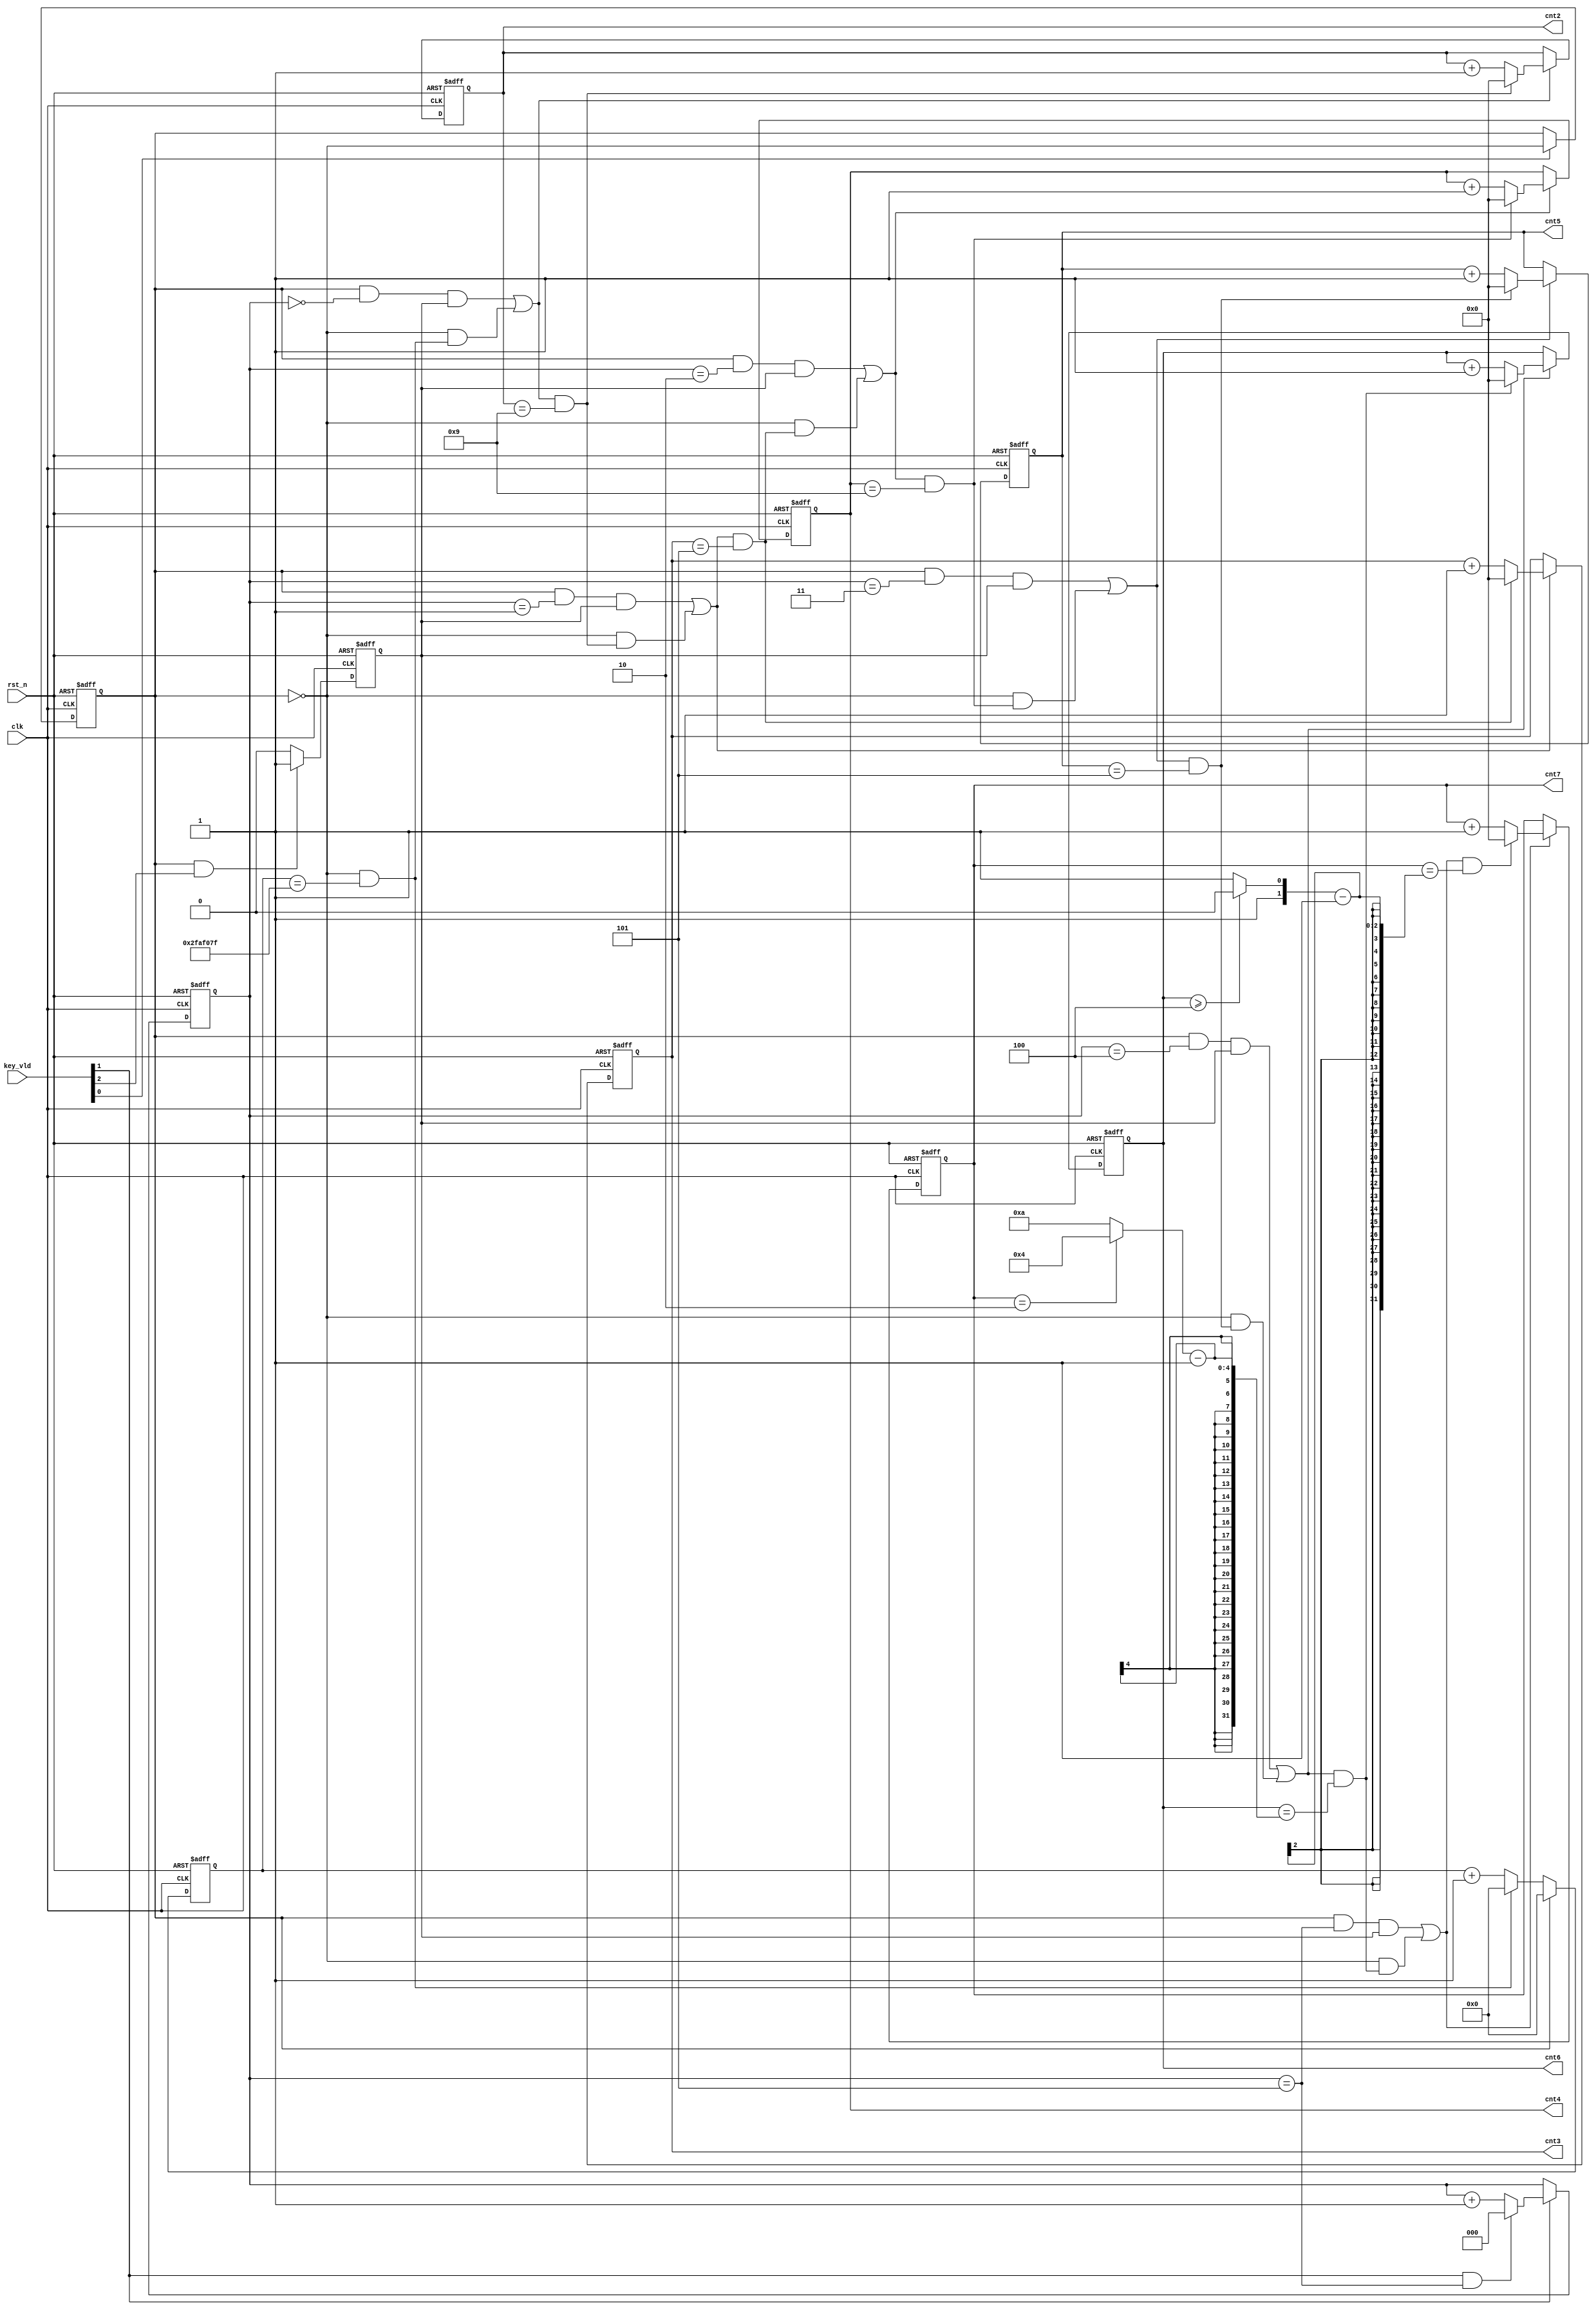
module time_data(  
	input   wire                clk          ,  
	input   wire                rst_n        ,  
	input   wire [ 2:0]         key_vld      ,  
	output  reg	 [ 3:0]         cnt2         ,  
	output  reg	 [ 3:0]         cnt3         ,  
	output  reg	 [ 3:0]         cnt4         ,  
	output  reg	 [ 3:0]         cnt5         ,  
	output  reg	 [ 3:0]         cnt6         ,  
	output  reg	 [ 3:0]         cnt7       
	);  
              
	reg                     key1_func   ;  
	reg                     key3_func   ;  
	reg     [ 2:0]          cnt0        ;  
	reg     [ 28:0]         cnt1       ;  
	reg     [ 3:0]          x           ;  
	reg     [ 1:0]          y           ;  
 
	//调试数码管 调试模式 按键1有关
	always  @(posedge clk or negedge rst_n)begin  
	    if(rst_n==1'b0)begin  
	        key1_func<=1'b0;  
	    end  
	    else if(key_vld[0]==1'b1)begin   //调试状态标志
	        key1_func<=~key1_func;  
	    end  
	    else begin  
	        key1_func<=key1_func;  
	    end  
	end  
	  
	  
	  //调试数码管 数码管位计数按键2有关
	always @(posedge clk or negedge rst_n) begin   
	    if (rst_n==0) begin  
	        cnt0 <= 0;   
	    end  
	    else if(add_cnt0) begin  
	        if(end_cnt0)  
	            cnt0 <= 0;   
	        else  
	            cnt0 <= cnt0+1 ;  
	   end  
	end  
	assign add_cnt0 = key_vld[1];  		
	assign end_cnt0 = add_cnt0  && cnt0 == 6-1 ;  
	  
	  //调试数码管 数码管值加一信号按键3有关
	always  @(posedge clk or negedge rst_n)begin  
	    if(rst_n==1'b0)begin  
	        key3_func<=1'b0;  
	    end  
	    else if(key1_func==1'b1 && key_vld[2]==1'b1)begin       
	        key3_func<=1'b1;  
	    end  
	    else begin  
	        key3_func<=1'b0;  
	    end  
	end  
	  
	//计秒计数器
	always @(posedge clk or negedge rst_n) begin   
	    if (rst_n==0) begin  
	        cnt1 <= 0;   
	    end  
	    else if(add_cnt1) begin  
	        if(end_cnt1)  
	            cnt1 <= 0;   
	        else  
	            cnt1 <= cnt1+1 ;  
	   end  
	   else begin  
	       cnt1 <= 0;  
	   end  
	end  
	assign add_cnt1 = key1_func==0;  
	assign end_cnt1 = add_cnt1  && cnt1 == 5000_0000-1 ;   //非调试状态计数正常计数
	  
	  
	  
	//时钟计数器
	always @(posedge clk or negedge rst_n) begin   
	    if (rst_n==0) begin  
	        cnt2 <= 0;   
	    end  
	    else if(add_cnt2) begin  
	        if(end_cnt2)  
	            cnt2 <= 0;   
	        else  
	            cnt2 <= cnt2+1 ;  
	   end  
	end  
	assign add_cnt2 = (key1_func && cnt0==0 && key3_func) || (key1_func==0 && end_cnt1);  
	assign end_cnt2 = add_cnt2  && cnt2 == 10-1 ;  
	  
	  
	  
	//时钟计数器
	always @(posedge clk or negedge rst_n) begin   
	    if (rst_n==0) begin  
	        cnt3 <= 0;   
	    end  
	    else if(add_cnt3) begin  
	        if(end_cnt3)  
	            cnt3 <= 0;   
	        else  
	            cnt3 <= cnt3+1 ;  
	   end  
	end  
	assign add_cnt3 = (key1_func && cnt0==1 && key3_func) || (key1_func==0 && end_cnt2);  
	assign end_cnt3 = add_cnt3  && cnt3 == 6-1 ;  
	  
	  
	//时钟计数器
	always @(posedge clk or negedge rst_n) begin   
	    if (rst_n==0) begin  
	        cnt4 <= 0;   
	    end  
	    else if(add_cnt4) begin  
	        if(end_cnt4)  
	            cnt4 <= 0;   
	        else  
	            cnt4 <= cnt4+1 ;  
	   end  
	end  
	assign add_cnt4 = (key1_func && cnt0==2 && key3_func) || (key1_func==0 && end_cnt3);  
	assign end_cnt4 = add_cnt4  && cnt4 == 10-1 ;  
	  
	//时钟计数器
	always @(posedge clk or negedge rst_n) begin   
	    if (rst_n==0) begin  
	        cnt5 <= 0;   
	    end  
	    else if(add_cnt5) begin  
	        if(end_cnt5)  
	            cnt5 <= 0;   
	        else  
	            cnt5 <= cnt5+1 ;  
	   end  
	end  
	assign add_cnt5 = (key1_func && cnt0==3 && key3_func) || (key1_func==0 && end_cnt4);  
	assign end_cnt5 = add_cnt5  && cnt5 == 6-1 ;  
	  
	//时钟计数器
	always @(posedge clk or negedge rst_n) begin   
	    if (rst_n==0) begin  
	        cnt6 <= 0;   
	    end  
	    else if(add_cnt6) begin  
	        if(end_cnt6)  
	            cnt6 <= 0;   
	        else  
	            cnt6 <= cnt6+1 ;  
	   end  
	end  
	assign add_cnt6 = (key1_func && cnt0==4 && key3_func) || (key1_func==0 && end_cnt5);  
	assign end_cnt6 = add_cnt6  && cnt6 == x-1 ;  
	  
	  
	//时钟计数器
	always @(posedge clk or negedge rst_n) begin   
	    if (rst_n==0) begin  
	        cnt7 <= 0;   
	    end  
	    else if(add_cnt7) begin  
	        if(end_cnt7)  
	            cnt7 <= 0;   
	        else  
	            cnt7 <= cnt7+1 ;  
	   end  
	end  
	assign add_cnt7 = (key1_func && cnt0==5 && key3_func) || (key1_func==0 && end_cnt6);  
	assign end_cnt7 = add_cnt7  && cnt7 == y-1 ;  
	  
	  
	always  @(*)begin  
	    if(cnt7==2)begin  
	        x = 4;  
	    end  
	    else begin  
	        x =10;  
	    end  
	end  
	  
	always  @(*)begin  
	    if(cnt6>=4)begin  
	        y = 2;  
	    end  
	    else begin  
	        y = 3;  
	    end  
	end  
	  
	  
	endmodule